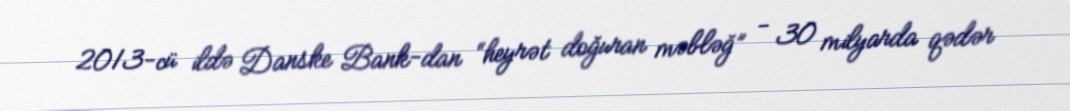
2013-cü ildə Danske Bank-dan “heyrət doğuran məbləğ” - 30 milyarda qədər